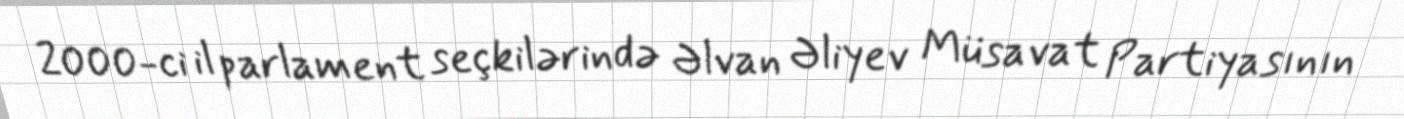
2000-ci il parlament seçkilərində Əlvan Əliyev Müsavat Partiyasının